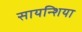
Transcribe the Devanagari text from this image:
सायन्शिया